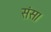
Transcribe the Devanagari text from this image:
संस।